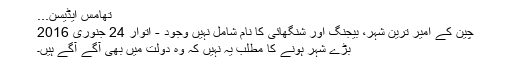
تھامس ایڈیسن...
چین کے امیر ترین شہر، بیجنگ اور شنگھائی کا نام شامل نہیں وجود - اتوار 24 جنوری 2016
بڑے شہر ہونے کا مطلب یہ نہیں کہ وہ دولت میں بھی آگے آگے ہیں۔